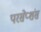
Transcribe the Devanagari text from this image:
परसेप्शंस